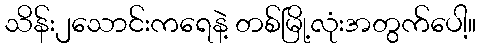
သိန်း၂သောင်းကရေနဲ့ တစ်မြို့လုံးအတွက်ပေါ့။